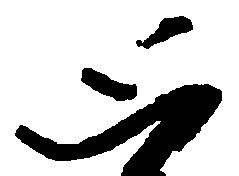
思